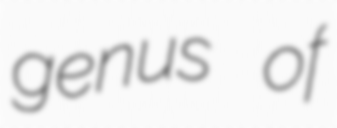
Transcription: genus of